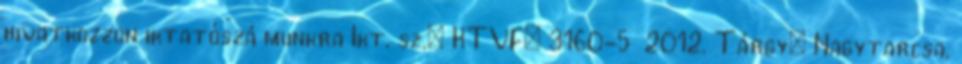
hivatkozzon iktatószá munkra Ikt. sz.: KTVF: 3160-5 2012. Tárgy: Nagytarcsa,